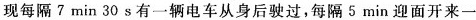
现每隔7min30s有一辆电车从身后驶过，每隔5min迎面开来一